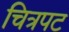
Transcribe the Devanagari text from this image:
चित्रपट